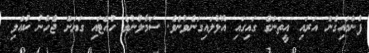
ފުންމައިގެން އަރައި އީތަންގެ ގައިގައި އޮޅުލައިގަނެވުނެވެ. ސަމާލުނުވެ ހުއްޓައި ގަޔަށް ޖެހުނު ކުއްލި